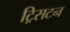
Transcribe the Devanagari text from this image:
ट्रिसटन